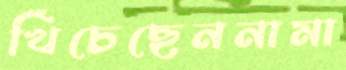
খিঁচেছেননামা